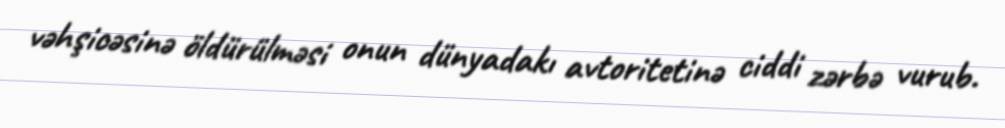
vəhşicəsinə öldürülməsi onun dünyadakı avtoritetinə ciddi zərbə vurub.